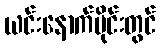
ယင်းနောက်ပိုင်းတွင်